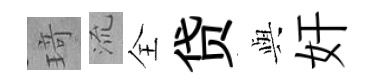
𤦺𣴑全贷𫤰奸